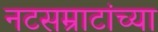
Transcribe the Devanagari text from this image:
नटसम्राटांच्या